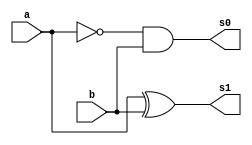
//----------------------------
// Nome: Silvino Henrique Santos de Souza
// Matrcula: 412773
//----------------------------


//----------------------------
//------ Guia 04 - 03---------
//----------------------------



module meiaDiferencacompacto(s0,s1,a,b);

	output s0,s1;
	input  a, b;
	
	and(s0, ~a, b);  
	xor(s1,  a, b);
	
	
endmodule // fim meiaDiferencacompacto

module DiferencaCompleta (Resultado, Cout, a, b, Cin);

	output Resultado, Cout;
	input  a, b, Cin;
	
	wire temp1, temp2, temp3;
	
	meiaDiferencacompacto SOMA1(temp1,temp2,a,b);
	meiaDiferencacompacto SOMA2(temp3,Resultado,temp2,Cin);
	
	or(Cout, temp1, temp3);
		

endmodule // fim DiferencaCompleta


module testeDiferencaCompleta;
	
	wire Resultado, Cout;
	reg  a, b, Cin;

	
	DiferencaCompleta SOMA (Resultado, Cout, a, b, Cin);
	
	initial begin
	
		$display("\n Guia 04 - 03 - Silvino Henrique Santos de Souza - 412773 ");
		$display("\n SUBTRATOR COMPLETO");
		$display("\n A - B = s0 s1 \n");

		a = 0; b = 0;  Cin = 0;
		$monitor(" %b - %b = %b %b", a, b, Cout, Resultado);
	#1	a = 0; b = 1;
	
	#1	a = 1; b = 0;
	
	#1	a = 1; b = 1;
	
		
	end
	 
endmodule // fim testeDiferencaCompleta